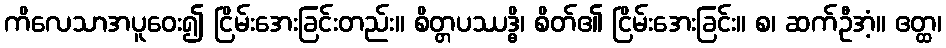
ကိလေသာအပူဝေး၍ ငြိမ်းအေးခြင်းတည်း။ စိတ္တပဿဒ္ဓိ၊ စိတ်၏ ငြိမ်းအေးခြင်း။ စ၊ ဆက်ဦအံ့။ ဧတ္ထ၊